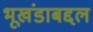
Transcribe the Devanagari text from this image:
भूखंडाबद्दल